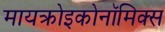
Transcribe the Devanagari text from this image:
मायक्रोइकोनॉमिक्स